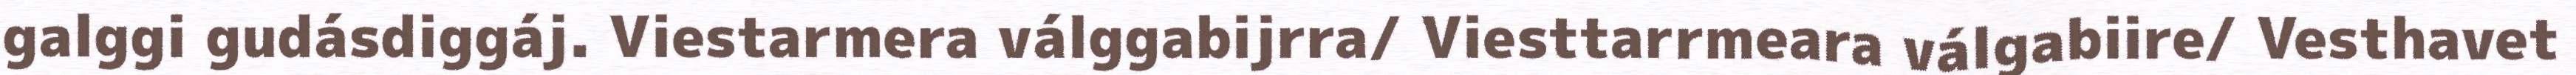
galggi gudásdiggáj. Viestarmera válggabijrra/ Viesttarrmeara válgabiire/ Vesthavet